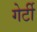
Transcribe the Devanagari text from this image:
गेर्टी